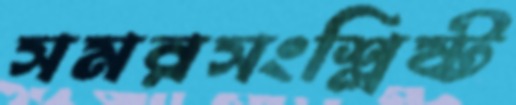
সমরসংশ্লিষ্ট